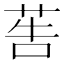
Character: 𦮽